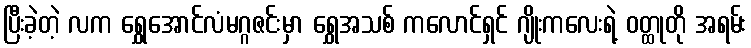
ပြီးခဲ့တဲ့ လက ရွှေအောင်လံမဂ္ဂဇင်းမှာ ရွှေအသစ် ကလောင်ရှင် ဂျိုးကလေးရဲ့ ဝတ္ထုတို အရမ်း